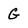
Character: G